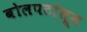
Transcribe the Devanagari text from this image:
बोलपटांतून